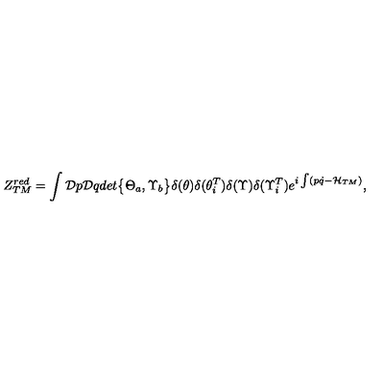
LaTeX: Z _ { T M } ^ { r e d } = \int { \cal D } p { \cal D } q d e t { \bigl \{ \Theta _ { a } , \Upsilon _ { b } \bigr \} } \delta ( \theta ) \delta ( { \theta } _ { i } ^ { T } ) \delta ( \Upsilon ) \delta ( { \Upsilon } _ { i } ^ { T } ) e ^ { i \int ( p \dot { q } - { \cal H } _ { T M } ) } ,